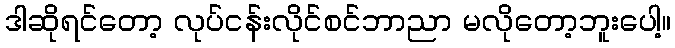
ဒါဆိုရင်တော့ လုပ်ငန်းလိုင်စင်ဘာညာ မလိုတော့ဘူးပေါ့။